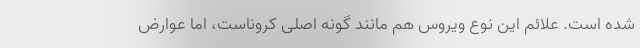
شده است. علائم این نوع ویروس هم مانند گونه اصلی کروناست، اما عوارض